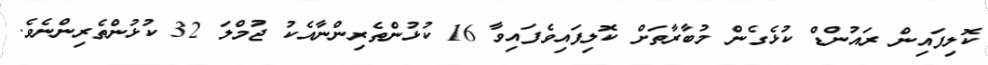
ކޮލިފައިން ރައުންޑް ކުޅެގެން މުބާރާތަށް ކޮލިފައިވެފައިވާ 16 ކުޅުންތެރިންނާއެކު ޖުމްލަ 32 ކުޅުންތެރިންނެވެ.